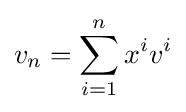
v_{n}=\sum _{i=1}^{n}x^{i}v^{i}